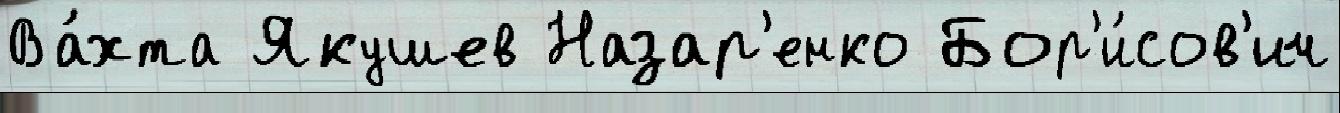
Ва́хта Якушев Назар'енко Бор'и́сов'ич